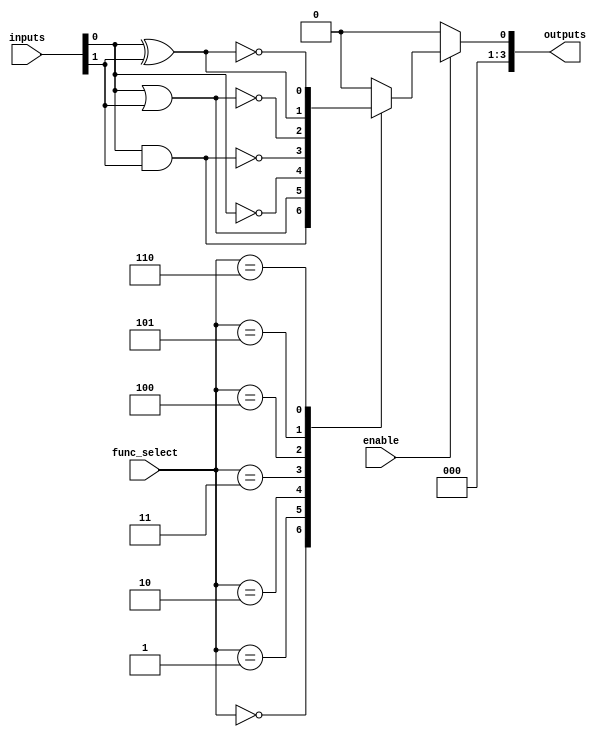
module combinational_logic_block (
    input wire [7:0] inputs,           // 8 input lines
    input wire [2:0] func_select,      // Function select signal (3 bits for 8 functions)
    input wire enable,                  // Enable signal for the logic block
    output wire [3:0] outputs           // 4 output lines
);

// Internal wires for logic functions
wire and_out, or_out, not_out, nand_out, nor_out, xor_out, xnor_out;

// Logic Functions
assign and_out = inputs[0] & inputs[1];
assign or_out = inputs[0] | inputs[1];
assign not_out = ~inputs[0];
assign nand_out = ~(inputs[0] & inputs[1]);
assign nor_out = ~(inputs[0] | inputs[1]);
assign xor_out = inputs[0] ^ inputs[1];
assign xnor_out = ~(inputs[0] ^ inputs[1]);

// Output selection based on function select signal
always @(*) begin
    if (enable) begin
        case (func_select)
            3'b000: outputs = {3'b000, and_out};   // AND
            3'b001: outputs = {3'b000, or_out};    // OR
            3'b010: outputs = {3'b000, not_out};   // NOT
            3'b011: outputs = {3'b000, nand_out};  // NAND
            3'b100: outputs = {3'b000, nor_out};   // NOR
            3'b101: outputs = {3'b000, xor_out};   // XOR
            3'b110: outputs = {3'b000, xnor_out};  // XNOR
            default: outputs = 4'b0000;            // Default case
        endcase
    end else begin
        outputs = 4'b0000; // Disable output if not enabled
    end
end

endmodule